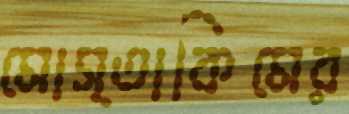
মোস্তাকিমের